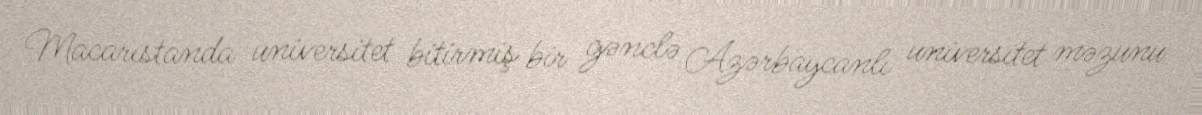
Macarıstanda universitet bitirmiş bir gənclə Azərbaycanlı universitet məzunu